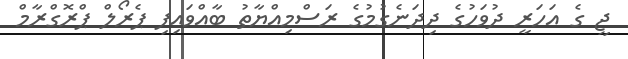
ޖީ ގެ އަހަރީ ދުވަހުގެ ދިދަނެގުމުގެ ރަސްމިއްޔާތު ބާއްވައިފި ޕެރޯލް ޕްރޮގްރާމް